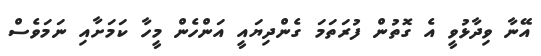
އޭނާ ވިދާޅުވީ އެ ގޮތުން ފުރަތަމަ ގެންދިޔައީ އަންހެން މީހާ ކަމަށާއި ނަމަވެސް